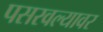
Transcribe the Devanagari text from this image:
पसरवल्यावर